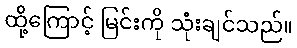
ထို့ကြောင့် မြင်းကို သုံးချင်သည်။